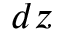
d z